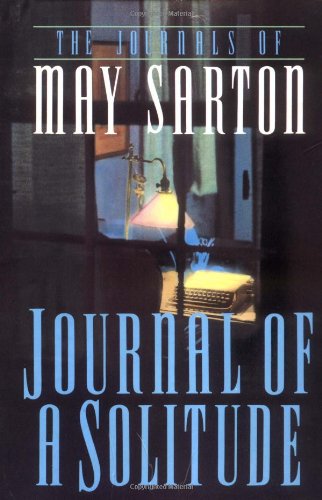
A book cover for Journal of a Solitude; May Sarton; Literature & Fiction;